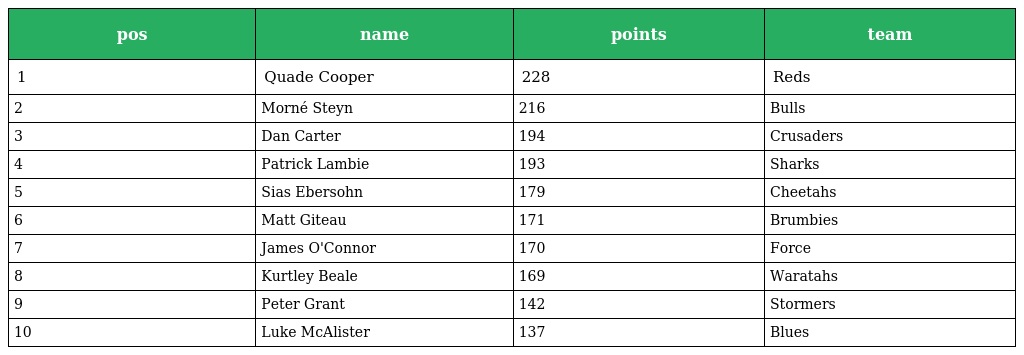
| pos | name | points | team |
 | --- | --- | --- | --- |
 | 1 | Quade Cooper | 228 | Reds |
 | 2 | Morné Steyn | 216 | Bulls |
 | 3 | Dan Carter | 194 | Crusaders |
 | 4 | Patrick Lambie | 193 | Sharks |
 | 5 | Sias Ebersohn | 179 | Cheetahs |
 | 6 | Matt Giteau | 171 | Brumbies |
 | 7 | James O'Connor | 170 | Force |
 | 8 | Kurtley Beale | 169 | Waratahs |
 | 9 | Peter Grant | 142 | Stormers |
 | 10 | Luke McAlister | 137 | Blues |